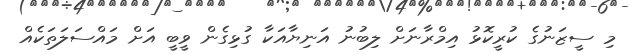
މި ސީޒަނުގެ ކުރީކޮޅު އިމްރާނަށް ލިބުނު އަނިޔާއަކާ ގުޅިގެން ވީބީ އަށް މައްސަލަތަކެއް